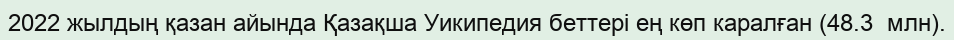
2022 жылдың қазан айында Қазақша Уикипедия беттері ең көп каралған (48.3  млн).